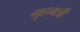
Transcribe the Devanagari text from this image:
गृहमत्री